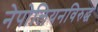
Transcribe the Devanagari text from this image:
नेपोलियनविरुद्ध